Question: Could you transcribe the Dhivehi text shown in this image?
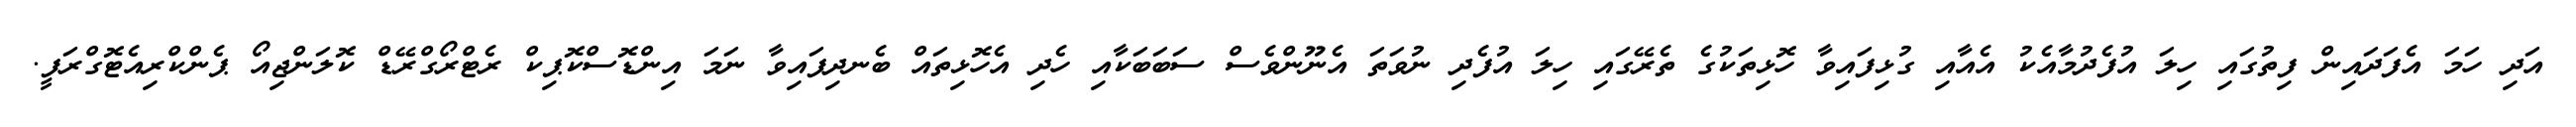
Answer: އަދި ހަމަ އެފަދައިން ފިތުގައި ހިލަ އުފެދުމާއެކު އެއާއި ގުޅިފައިވާ ހޮޅިތަކުގެ ތެރޭގައި ހިލަ އުފެދި ނުވަތަ އެނޫންވެސް ސަބަބަކާއި ހެދި އެހޮޅިތައް ބެނދިފައިވާ ނަމަ އިންޑޮސްކޮޕިކް ރެޓްރޯގްރޭޑް ކޮލަންޖިއޯ ޕެންކްރިއެޓޮގްރަފީ.